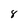
Character: 8